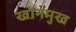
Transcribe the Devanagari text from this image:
खोनमुख